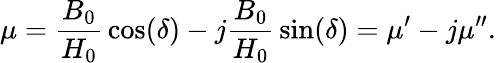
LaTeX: \mu={\frac{B_{0}}{H_{0}}}\cos(\delta)-j{\frac{B_{0}}{H_{0}}}\sin(\delta)=\mu^{\prime}-j\mu^{\prime\prime}.